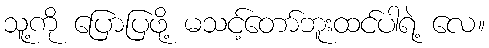
သူ့ကို ပြောပြဖို့ မသင့်တော်ဘူးထင်ပါရဲ့ လေ။